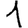
Digit: 1